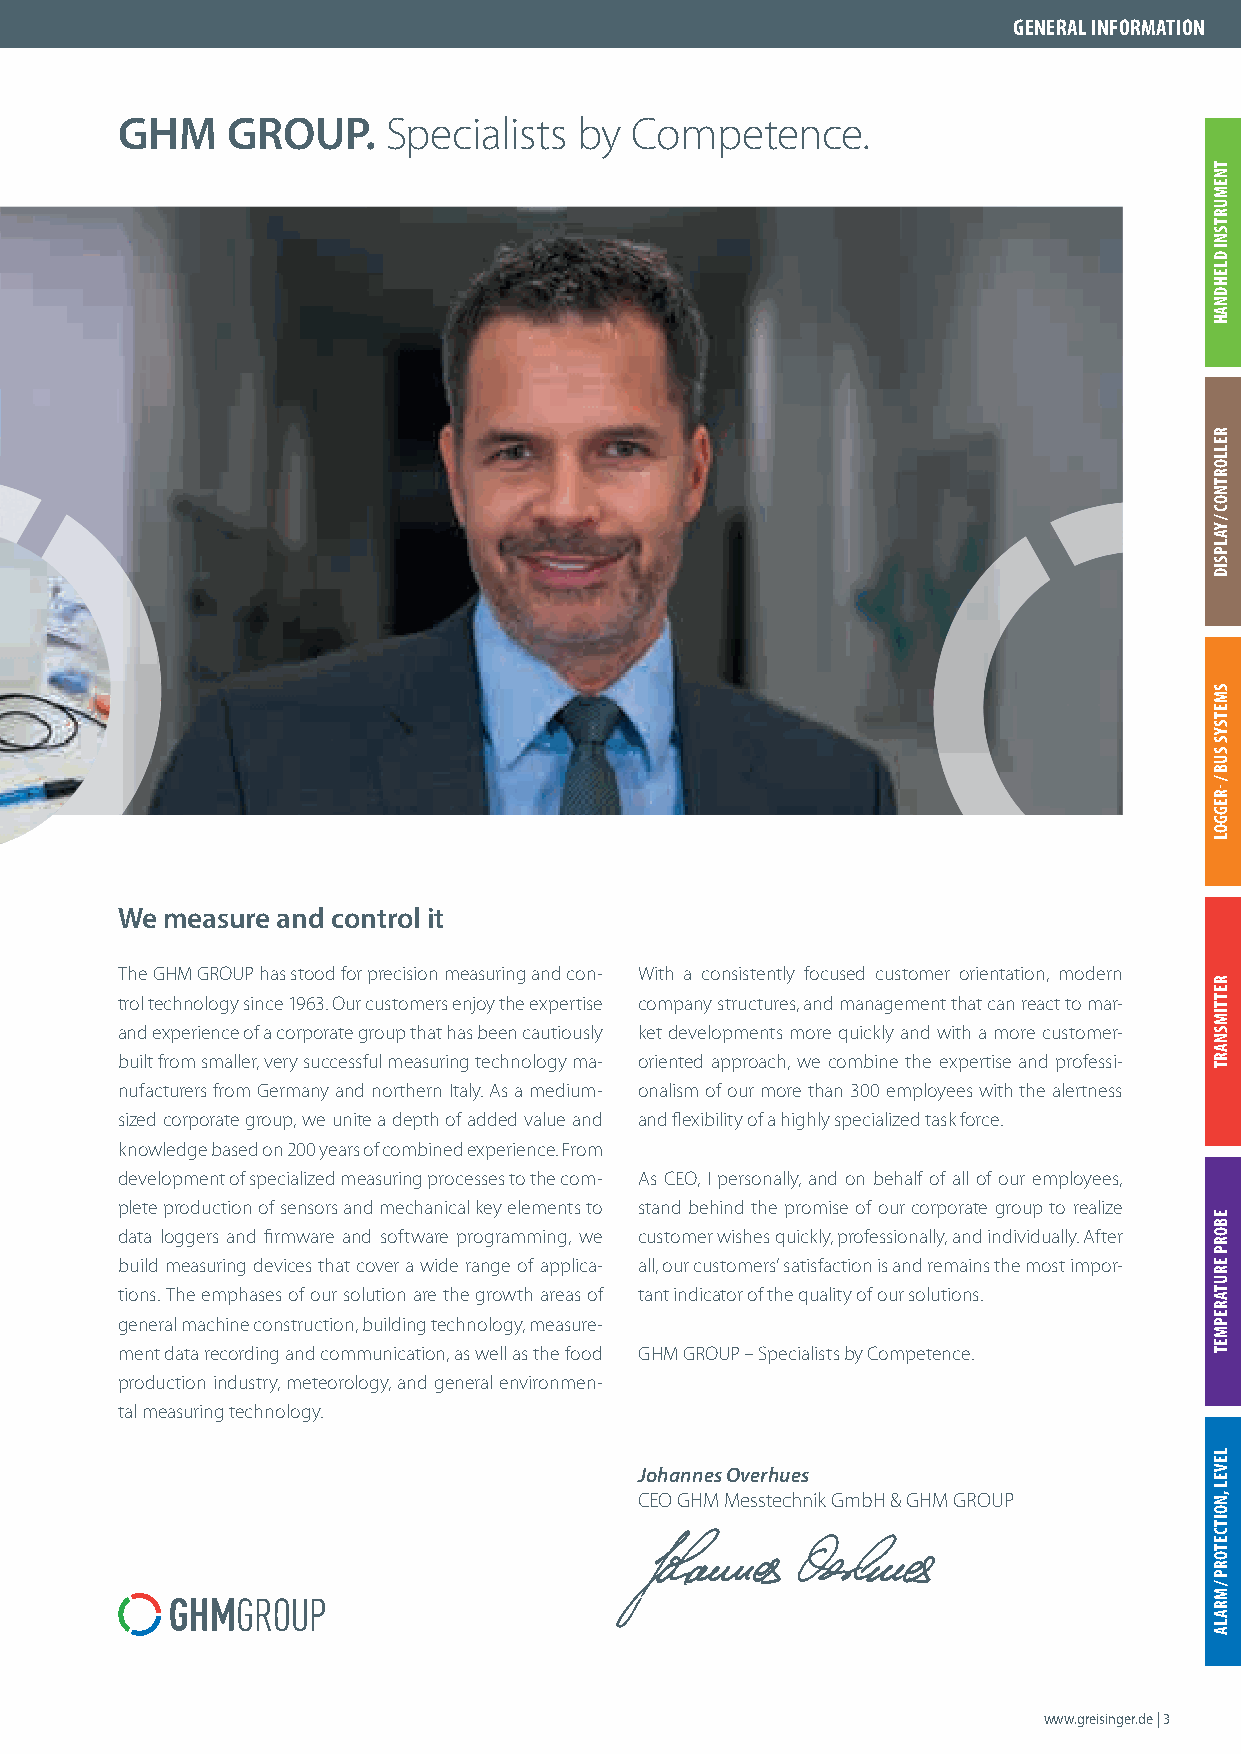
GENERAL INFORMATION
 GHM    GROUP.     Specialists by  Competence.
 We measure and control it
 The GHM GROUP has stood for precision measuring and con- With a consistently focused customer orientation, modern
 trol technology since 1963. Our customers enjoy the expertise company structures, and management that can react to mar-
 and experience of a corporate group that has been cautiously ket developments more quickly and with a more customer-
 built from smaller, very successful measuring technology ma- oriented approach, we combine the expertise and professi-
 nufacturers from Germany and northern Italy. As a medium- onalism of our more than 300 employees with the alertness
 sized corporate group, we unite a depth of added value and and fl exibility of a highly specialized task force.
 knowledge based on 200 years of combined experience. From
 development of specialized measuring processes to the com- As CEO, I personally, and on behalf of all of our employees,
 plete production of sensors and mechanical key elements to stand behind the promise of our corporate group to realize
 data loggers and fi rmware and software programming, we customer wishes quickly, professionally, and individually. After
 build measuring devices that cover a wide range of applica- all, our customers’ satisfaction is and remains the most impor-
 tions. The emphases of our solution are the growth areas of tant indicator of the quality of our solutions.
 general machine construction, building technology, measure-
 ment data recording and communication, as well as the food GHM GROUP – Specialists by Competence.
 production industry, meteorology, and general environmen-
 tal measuring technology.
 Johannes Overhues
 CEO GHM Messtechnik GmbH & GHM GROUP
 www.greisinger.de | 3
 TNEMURTSNI
 DLEHDNAH
 RELLORTNOC
 /
 YALPSID
 SMETSYS
 SUB
 /
 -REGGOL
 RETTIMSNART
 EBORP
 ERUTAREPMET
 LEVEL
 ,NOITCETORP
 /
 MRALA